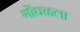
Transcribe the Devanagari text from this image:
गोंधळला